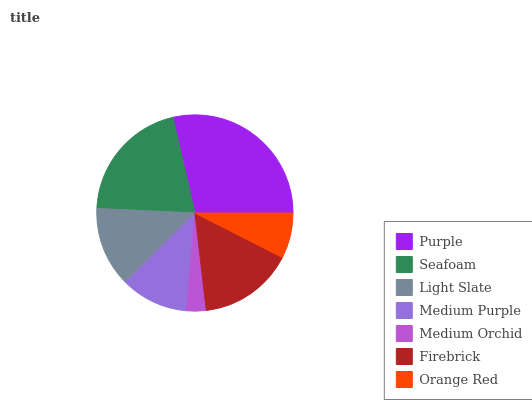
| Purple | Seafoam | Light Slate | Medium Purple | Medium Orchid | Firebrick | Orange Red |
 | --- | --- | --- | --- | --- | --- | --- |
 | 28.6% | 20.7% | 13.2% | 11.1% | 3.24% | 15.6% | 7.47% |